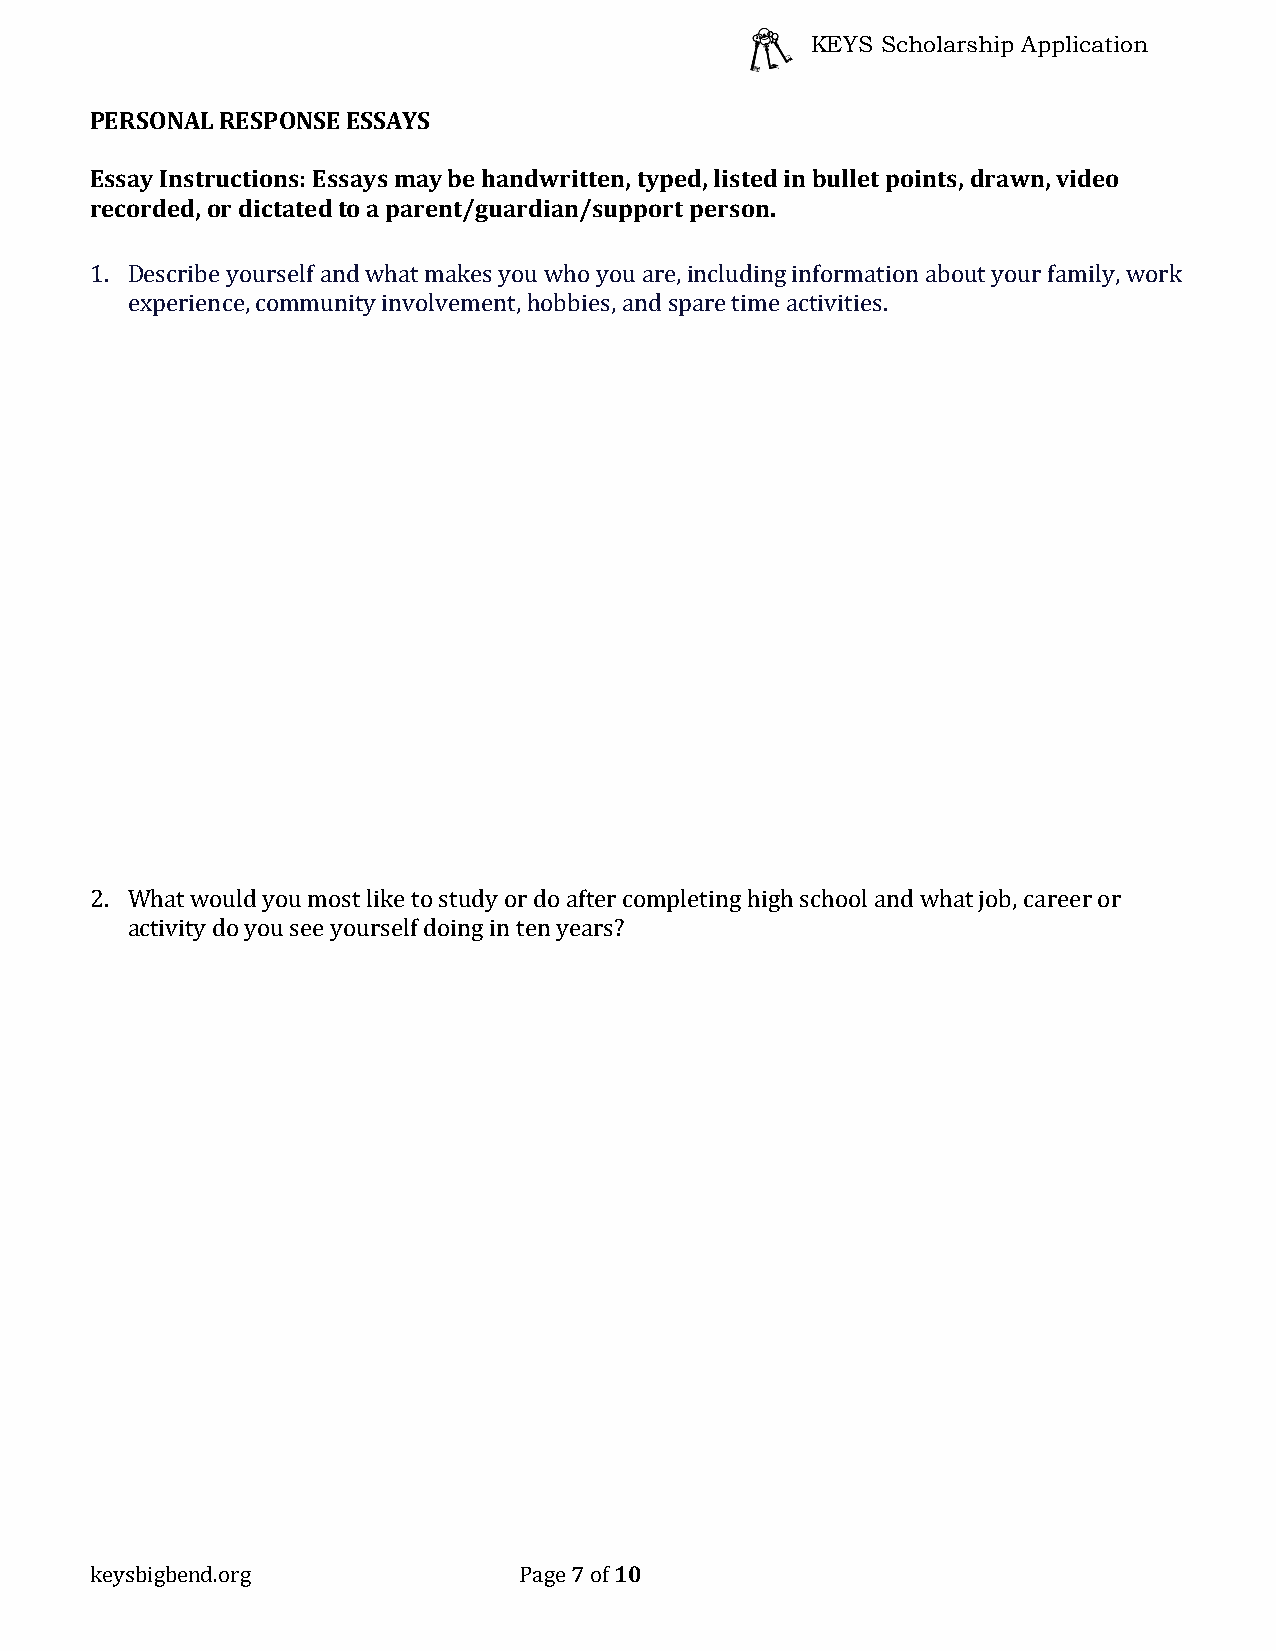
KEYS Scholarship Application
 PERSONAL RESPONSE ESSAYS
 Essay Instructions: Essays may be handwritten, typed, listed in bullet points, drawn, video
 recorded, or dictated to a parent/guardian/support person.
 1. Describe yourself and what makes you who you are, including information about your family, work
 experience, community involvement, hobbies, and spare time activities.
 2. What would you most like to study or do after completing high school and what job, career or
 activity do you see yourself doing in ten years?
 7  10
 keysbigbend.org             Page of